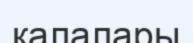
калалары